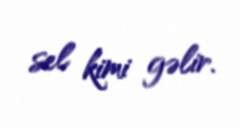
sel kimi gəlir.